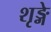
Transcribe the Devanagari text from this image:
शृङ्गे